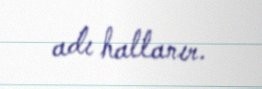
adı hallanır.